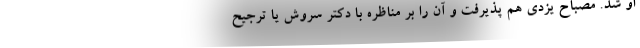
او شد. مصباح یزدی هم پذیرفت و آن را بر مناظره با دکتر سروش یا ترجیح